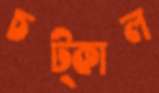
চট্‌কাল